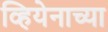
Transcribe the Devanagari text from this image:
व्हियेनाच्या